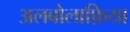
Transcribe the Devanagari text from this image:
अलबोलाफ़िया